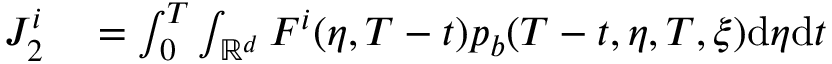
\begin{array} { r l } { J _ { 2 } ^ { i } } & { { } = \int _ { 0 } ^ { T } \int _ { \mathbb { R } ^ { d } } F ^ { i } ( \eta , T - t ) p _ { b } ( T - t , \eta , T , \xi ) \mathrm { d } \eta \mathrm { d } t } \end{array}